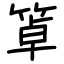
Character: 䈇